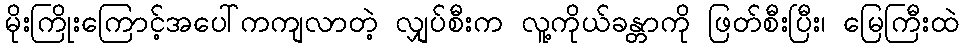
မိုးကြိုးကြောင့်အပေါ်ကကျလာတဲ့ လျှပ်စီးက လူ့ကိုယ်ခန္တာကို ဖြတ်စီးပြီး၊ မြေကြီးထဲ